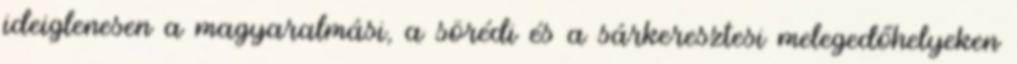
ideiglenesen a magyaralmási, a sörédi és a sárkeresztesi melegedőhelyeken